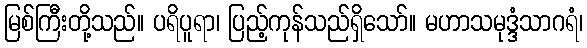
မြစ်ကြီးတို့သည်။ ပရိပူရာ၊ ပြည့်ကုန်သည်ရှိသော်။ မဟာသမုဒ္ဒံသာဂရံ၊